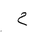
Letter: _ha